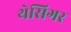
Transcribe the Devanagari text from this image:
थेसिगर